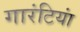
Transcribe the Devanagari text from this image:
गारंटियां